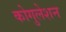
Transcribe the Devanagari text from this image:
कोगुलेशन